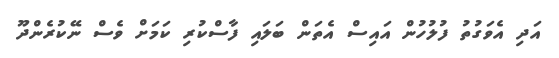
އަދި އެވަގުތު ފުލުހުން އައިސް އެތަން ބަލައި ފާސްކުރި ކަމަށް ވެސް ނޭކުރެންދޫ